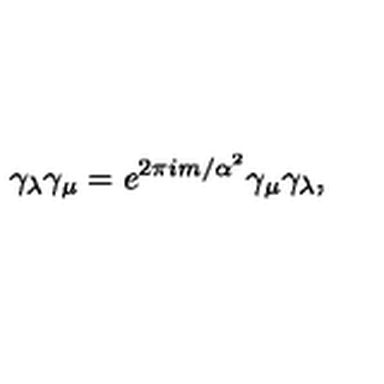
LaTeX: \gamma _ { \lambda } \gamma _ { \mu } = e ^ { 2 \pi i m / \alpha ^ { 2 } } \gamma _ { \mu } \gamma _ { \lambda } ,